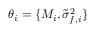
\boldsymbol \theta _ { i } = \{ M _ { i } , \tilde { \sigma } _ { f , i } ^ { 2 } \}